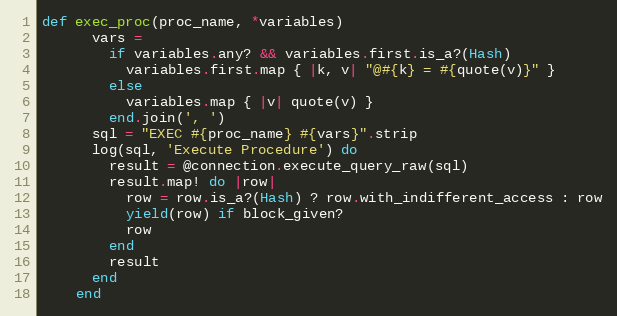
Language: Ruby
def exec_proc(proc_name, *variables)
      vars =
        if variables.any? && variables.first.is_a?(Hash)
          variables.first.map { |k, v| "@#{k} = #{quote(v)}" }
        else
          variables.map { |v| quote(v) }
        end.join(', ')
      sql = "EXEC #{proc_name} #{vars}".strip
      log(sql, 'Execute Procedure') do
        result = @connection.execute_query_raw(sql)
        result.map! do |row|
          row = row.is_a?(Hash) ? row.with_indifferent_access : row
          yield(row) if block_given?
          row
        end
        result
      end
    end